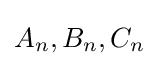
A_{n},B_{n},C_{n}